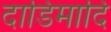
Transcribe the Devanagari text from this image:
दाडिमादि